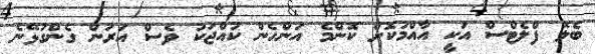
ބެލޭ ފްލެޓްސް އަކީ އާއްމުކޮށް ކޮންމެ އަންހެން ކުއްޖަކު ވެސް އަރަން ގެންގުޅޭނެ